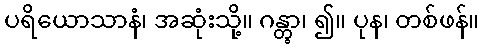
ပရိယောသာနံ၊ အဆုံးသို့။ ဂန္တွာ၊ ၍။ ပုန၊ တစ်ဖန်။